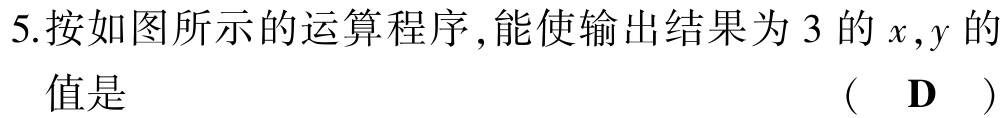
5.按如图所示的运算程序,能使输出结果为 3 的\(x,y\)的值是 （ D ）